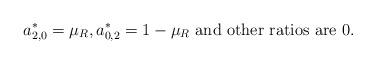
LaTeX: \begin{align*}a^*_{2,0}=\mu_R,a^*_{0,2}=1-\mu_R\ \textrm{and other ratios are 0}.\end{align*}